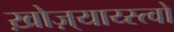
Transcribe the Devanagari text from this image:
ख़ोज़्याय्स्त्वो